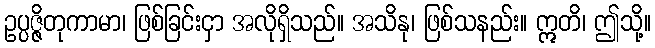
ဥပ္ပဇ္ဇိတုကာမာ၊ ဖြစ်ခြင်းငှာ အလိုရှိသည်။ အသိနု၊ ဖြစ်သနည်း။ ဣတိ၊ ဤသို့။